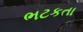
ભટકતા